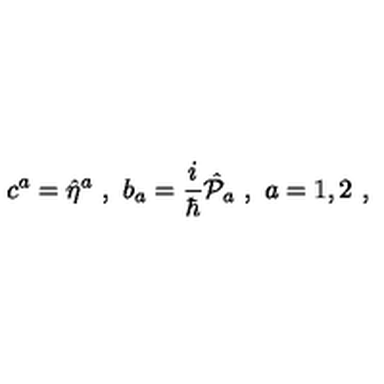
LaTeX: c ^ { a } = \hat { \eta } ^ { a } \ , \ b _ { a } = \frac { i } { \hbar } \hat { { \cal P } } _ { a } \ , \ a = 1 , 2 \ ,